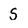
Character: 5